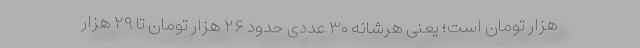
هزار تومان است؛ یعنی هرشانه ۳۰ عددی حدود ۲۶ هزار تومان تا ۲۹ هزار